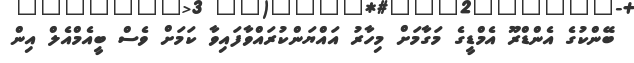
ބޭންކުގެ އެންޑްރޫ އެމްޑީގެ މަގާމަށް މިހާރު އައްޔަންކުރައްވާފައިވާ ކަމަށް ވެސް ބީއެމްއެލް އިން